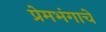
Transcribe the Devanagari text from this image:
प्रेमभंगाचे